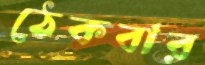
ঠেকবার